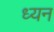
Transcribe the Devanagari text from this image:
ध्यन